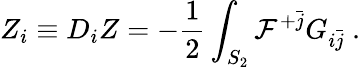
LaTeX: Z_{i}\equiv D_{i}Z=-{\frac{1}{2}}\int_{S_{2}}{\cal F}^{+\bar{j}}G_{i\bar{j}}\ .